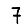
Digit: 7